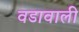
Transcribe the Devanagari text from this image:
वडावाली